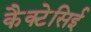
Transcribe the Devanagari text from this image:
कैक्टेसिई